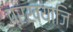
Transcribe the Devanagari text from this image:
प्रख्याजि